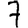
Digit: 7